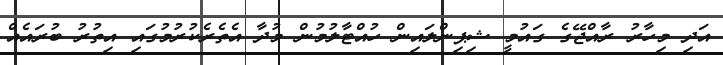
އަދި މިހާރު ރާއްޖޭގެ ގައުމީ ޝިޕިންލައިން ހުއްޓާލުމުން މުދާ އެތެރެކުރުމުގައި އިތުރު ބުރައެއް